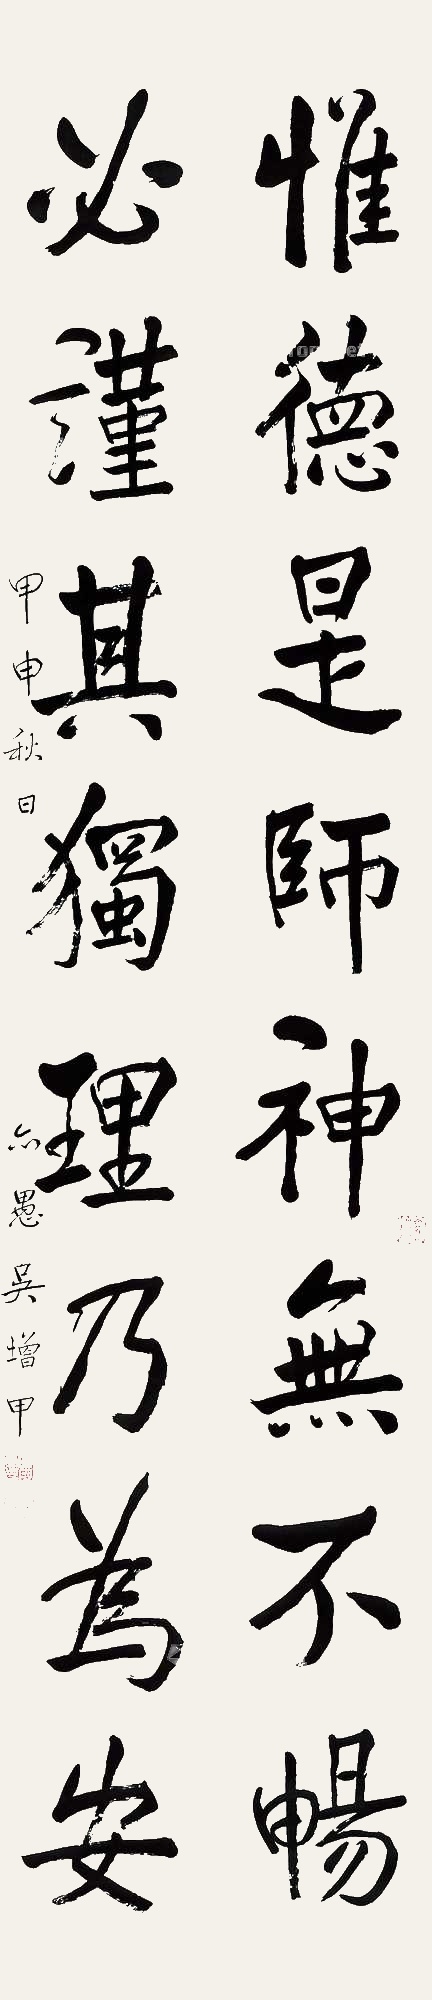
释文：惟德是师神无不畅，必谨其独理乃为安。甲申秋日，亦愚吴增甲。